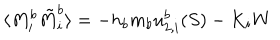
LaTeX: \langle M _ { i } ^ { b } \tilde { M } _ { i } ^ { b } \rangle = - h _ { b } m _ { b } u _ { 2 , i } ^ { b } ( S ) - K _ { i } W